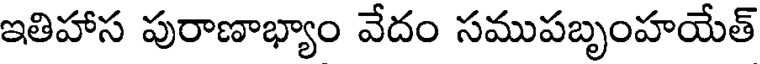
ఇతిహాస పురాణాభ్యాం వేదం సముపబృంహయేత్